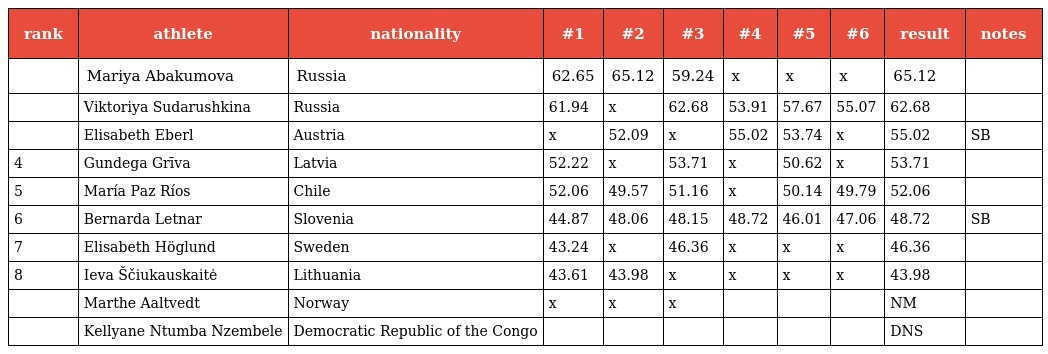
| rank | athlete | nationality | #1 | #2 | #3 | #4 | #5 | #6 | result | notes |
 | --- | --- | --- | --- | --- | --- | --- | --- | --- | --- | --- |
 |  | Mariya Abakumova | Russia | 62.65 | 65.12 | 59.24 | x | x | x | 65.12 |  |
 |  | Viktoriya Sudarushkina | Russia | 61.94 | x | 62.68 | 53.91 | 57.67 | 55.07 | 62.68 |  |
 |  | Elisabeth Eberl | Austria | x | 52.09 | x | 55.02 | 53.74 | x | 55.02 | SB |
 | 4 | Gundega Grīva | Latvia | 52.22 | x | 53.71 | x | 50.62 | x | 53.71 |  |
 | 5 | María Paz Ríos | Chile | 52.06 | 49.57 | 51.16 | x | 50.14 | 49.79 | 52.06 |  |
 | 6 | Bernarda Letnar | Slovenia | 44.87 | 48.06 | 48.15 | 48.72 | 46.01 | 47.06 | 48.72 | SB |
 | 7 | Elisabeth Höglund | Sweden | 43.24 | x | 46.36 | x | x | x | 46.36 |  |
 | 8 | Ieva Ščiukauskaitė | Lithuania | 43.61 | 43.98 | x | x | x | x | 43.98 |  |
 |  | Marthe Aaltvedt | Norway | x | x | x |  |  |  | NM |  |
 |  | Kellyane Ntumba Nzembele | Democratic Republic of the Congo |  |  |  |  |  |  | DNS |  |